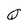
Character: Q